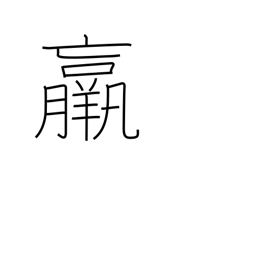
Meaning: thin